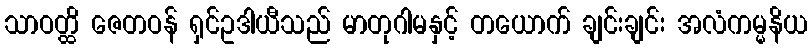
သာဝတ္ထိ ဇေတဝန် ရှင်ဥဒါယီသည် မာတုဂါမနှင့် တယောက် ချင်းချင်း အလံကမ္မနိယ